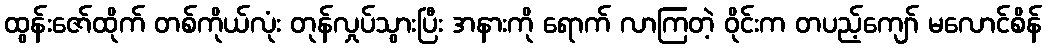
ထွန်းဇော်ထိုက် တစ်ကိုယ်လုံး တုန်လှုပ်သွားပြီး အနားကို ရောက် လာကြတဲ့ ဝိုင်းက တပည့်ကျော် မလောင်စိန်